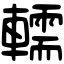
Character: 轜